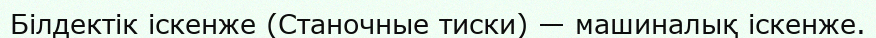
Білдектік іскенже (Станочные тиски) — машиналық іскенже.